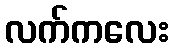
လက်ကလေး